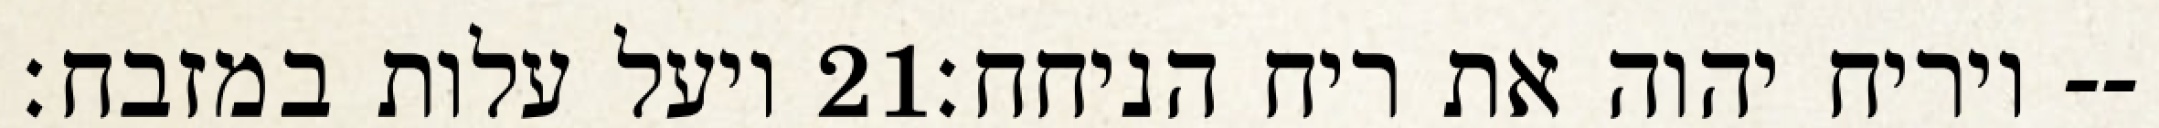
ויעל עלות במזבח׃ ‎21‏ ויריח יהוה את ריח הניחח׃--